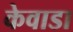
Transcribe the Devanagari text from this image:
केवाडा